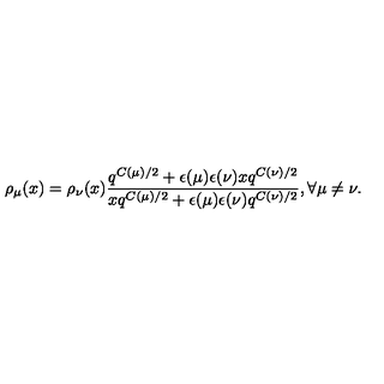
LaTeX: \rho _ { \mu } ( x ) = \rho _ { \nu } ( x ) \frac { q ^ { C ( \mu ) / 2 } + \epsilon ( \mu ) \epsilon ( \nu ) x q ^ { C ( \nu ) / 2 } } { x q ^ { C ( \mu ) / 2 } + \epsilon ( \mu ) \epsilon ( \nu ) q ^ { C ( \nu ) / 2 } } , \forall \mu \neq \nu .